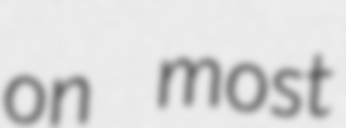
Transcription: on most